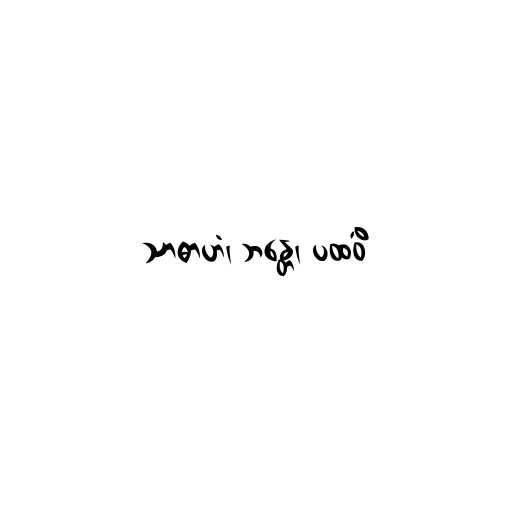
သာဓာဟံ၊ ဘန္တေ၊ ပထဝိံ